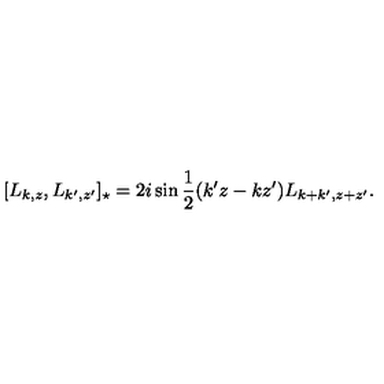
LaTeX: [ L _ { k , z } , L _ { k ^ { \prime } , z ^ { \prime } } ] _ { \star } = 2 i \sin \frac { 1 } { 2 } ( k ^ { \prime } z - k z ^ { \prime } ) L _ { k + k ^ { \prime } , z + z ^ { \prime } } .